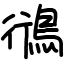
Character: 鴴